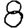
Digit: 8